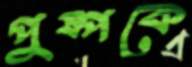
পুষ্পকে